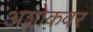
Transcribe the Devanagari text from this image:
अशोकवर